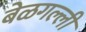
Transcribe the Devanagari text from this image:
बेळगल्ली